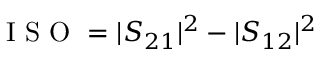
\textrm { I S O } = | S _ { 2 1 } | ^ { 2 } - | S _ { 1 2 } | ^ { 2 }